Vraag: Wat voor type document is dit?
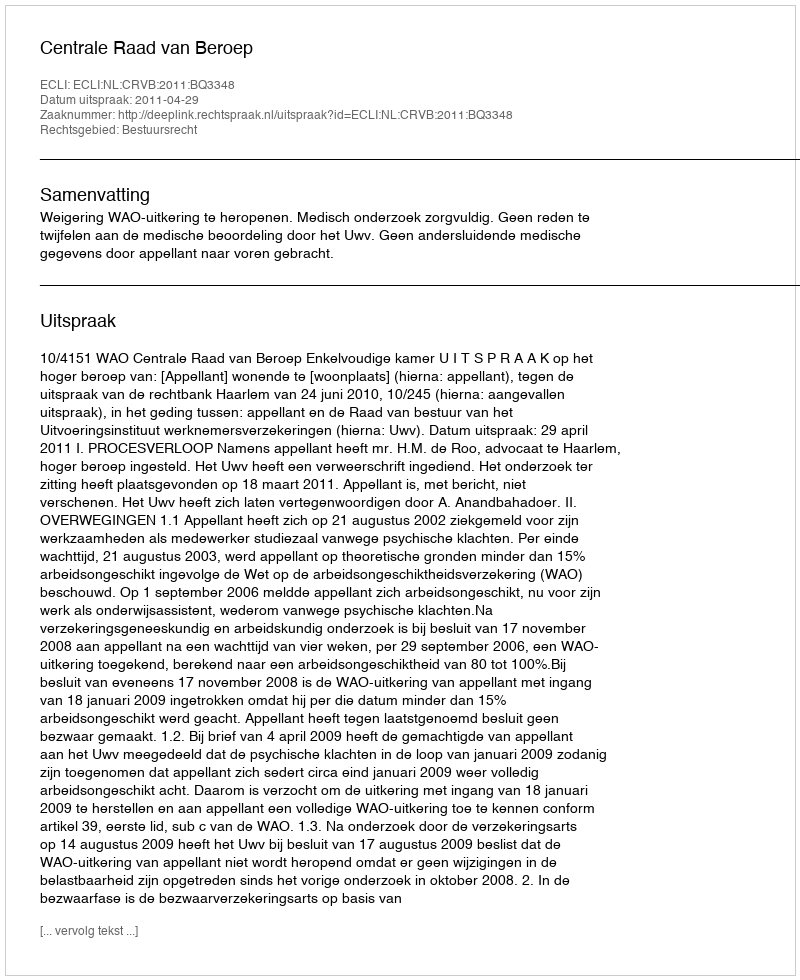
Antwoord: Uitspraak